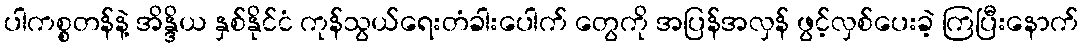
ပါကစ္စတန်နဲ့ အိန္ဒိယ နှစ်နိုင်ငံ ကုန်သွယ်ရေးတံခါးပေါက် တွေကို အပြန်အလှန် ဖွင့်လှစ်ပေးခဲ့ ကြပြီးနောက်